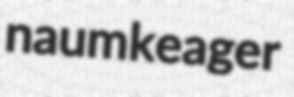
naumkeager